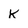
Character: k